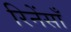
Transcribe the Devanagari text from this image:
रिनेंसाँ